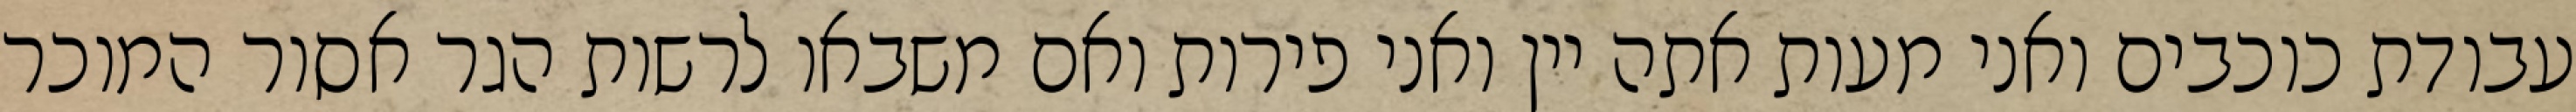
עבודת כוכבים ואני מעות אתה יין ואני פירות ואם משבאו לרשות הגר אסור המוכר